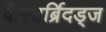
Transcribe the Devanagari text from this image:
कैस्टर्ब्रिदड्ज